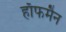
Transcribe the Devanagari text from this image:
हाॅफमैन